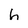
Character: h